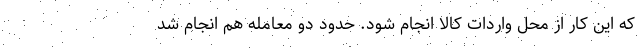
که این کار از محل واردات کالا انجام شود. حدود دو معامله هم انجام شد